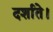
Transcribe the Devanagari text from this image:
दर्शाते।